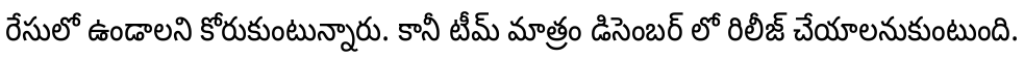
రేసులో ఉండాలని కోరుకుంటున్నారు. కానీ టీమ్ మాత్రం డిసెంబర్ లో రిలీజ్ చేయాలనుకుంటుంది.